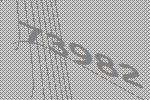
73982